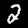
Digit: 2